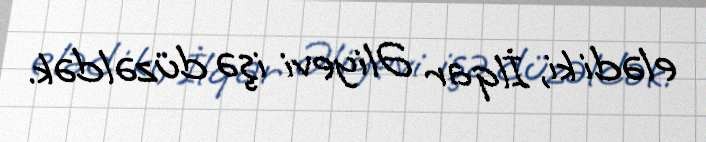
elədi ki, İlqar Əliyevi işə düzəldək.